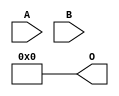
/***
* This code is a part of EvoApproxLib library (ehw.fit.vutbr.cz/approxlib) distributed under The MIT License.
* When used, please cite the following article(s): V. Mrazek, L. Sekanina, Z. Vasicek "Libraries of Approximate Circuits: Automated Design and Application in CNN Accelerators" IEEE Journal on Emerging and Selected Topics in Circuits and Systems, Vol 10, No 4, 2020 
* This file contains a circuit from a sub-set of pareto optimal circuits with respect to the pwr and mre parameters
***/
// MAE% = 18.68 %
// MAE = 191 
// WCE% = 74.71 %
// WCE = 765 
// WCRE% = 100.00 %
// EP% = 74.71 %
// MRE% = 100.00 %
// MSE = 76011 
// PDK45_PWR = 0.000 mW
// PDK45_AREA = 0.0 um2
// PDK45_DELAY = 0.00 ns

module mul8x2u_0NG (
    A,
    B,
    O
);

input [7:0] A;
input [1:0] B;
output [9:0] O;
assign O[9] = 1'b0;
assign O[8] = 1'b0;
assign O[7] = 1'b0;
assign O[6] = 1'b0;
assign O[5] = 1'b0;
assign O[4] = 1'b0;
assign O[3] = 1'b0;
assign O[2] = 1'b0;
assign O[1] = 1'b0;
assign O[0] = 1'b0;

endmodule